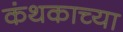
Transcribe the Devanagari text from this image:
कंथकाच्या